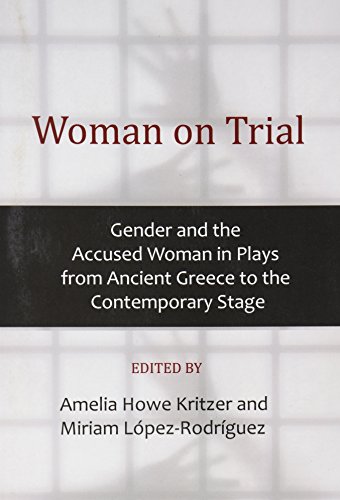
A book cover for Woman on Trial: Gender and the Accused Woman in Plays from Ancient Greece to the Contemporary Stage; Literature & Fiction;